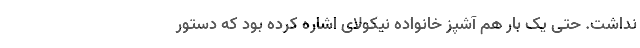
نداشت. حتی یک بار هم آشپز خانواده نیکولای اشاره کرده بود که دستور